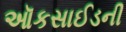
ઑકસાઈડની